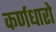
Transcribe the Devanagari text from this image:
कर्णधारो